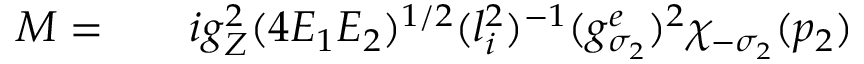
\begin{array} { r l r } { { \cal M } = } & { { } } & { i g _ { Z } ^ { 2 } ( 4 E _ { 1 } E _ { 2 } ) ^ { 1 / 2 } ( l _ { i } ^ { 2 } ) ^ { - 1 } ( g _ { \sigma _ { 2 } } ^ { e } ) ^ { 2 } \chi _ { - \sigma _ { 2 } } ( p _ { 2 } ) } \end{array}